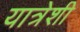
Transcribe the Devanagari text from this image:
यात्रेशी